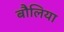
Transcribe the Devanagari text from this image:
बौलिया